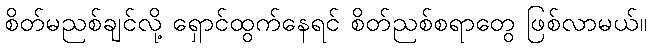
စိတ်မညစ်ချင်လို့ ရှောင်ထွက်နေရင် စိတ်ညစ်စရာတွေ ဖြစ်လာမယ်။